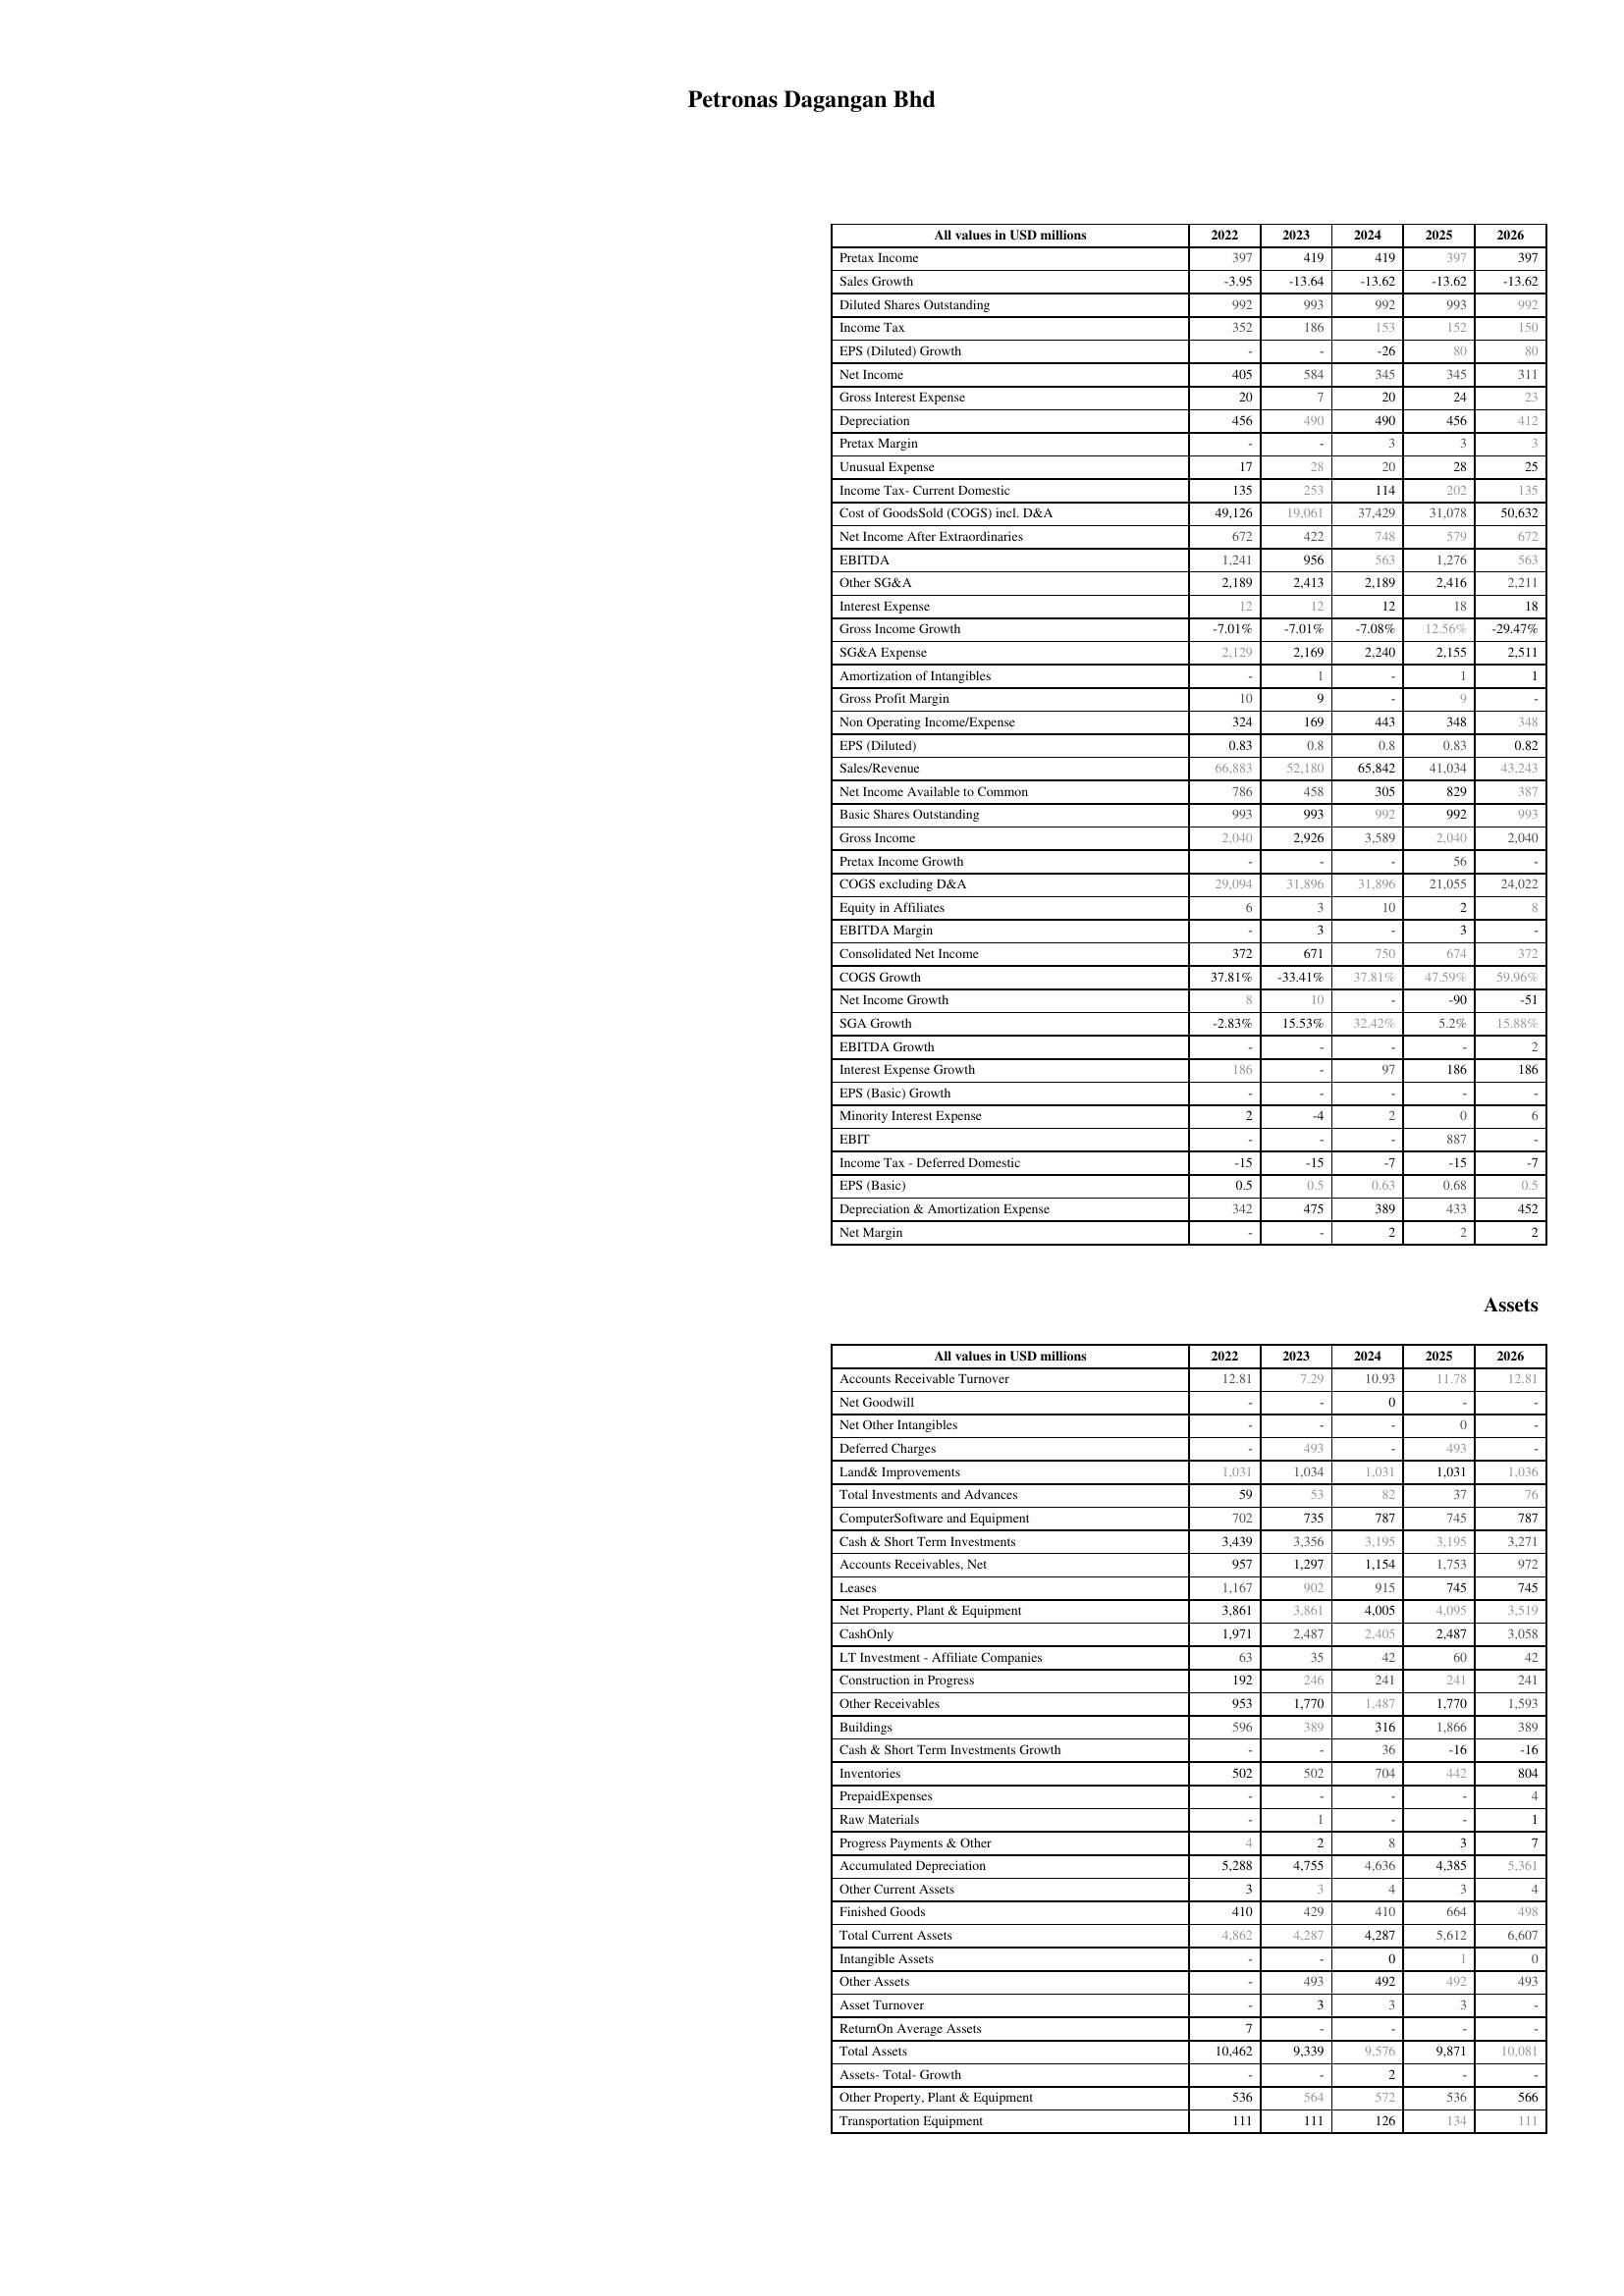
2022: : Pretax Income: 397
Sales Growth: -3.95
Diluted Shares Outstanding: 992
Income Tax: 352
EPS (Diluted) Growth: -
Net Income: 405
Gross Interest Expense: 20
Depreciation: 456
Pretax Margin: -
Unusual Expense: 17
Income Tax- Current Domestic: 135
Cost of GoodsSold (COGS) incl. D&A: 49,126
Net Income After Extraordinaries: 672
EBITDA: 1,241
Other SG&A: 2,189
Interest Expense: 12
Gross Income Growth: -7.01%
SG&A Expense: 2,129
Amortization of Intangibles: -
Gross Profit Margin: 10
Non Operating Income/Expense: 324
EPS (Diluted): 0.83
Sales/Revenue: 66,883
Net Income Available to Common: 786
Basic Shares Outstanding: 993
Gross Income: 2,040
Pretax Income Growth: -
COGS excluding D&A: 29,094
Equity in Affiliates: 6
EBITDA Margin: -
Consolidated Net Income: 372
COGS Growth: 37.81%
Net Income Growth: 8
SGA Growth: -2.83%
EBITDA Growth: -
Interest Expense Growth: 186
EPS (Basic) Growth: -
Minority Interest Expense: 2
EBIT: -
Income Tax - Deferred Domestic: -15
EPS (Basic): 0.5
Depreciation & Amortization Expense: 342
Net Margin: -
Assets: Accounts Receivable Turnover: 12.81
Net Goodwill: -
Net Other Intangibles: -
Deferred Charges: -
Land& Improvements: 1,031
Total Investments and Advances: 59
ComputerSoftware and Equipment: 702
Cash & Short Term Investments: 3,439
Accounts Receivables, Net: 957
Leases: 1,167
Net Property, Plant & Equipment: 3,861
CashOnly: 1,971
LT Investment - Affiliate Companies: 63
Construction in Progress: 192
Other Receivables: 953
Buildings: 596
Cash & Short Term Investments Growth: -
Inventories: 502
PrepaidExpenses: -
Raw Materials: -
Progress Payments & Other: 4
Accumulated Depreciation: 5,288
Other Current Assets: 3
Finished Goods: 410
Total Current Assets: 4,862
Intangible Assets: -
Other Assets: -
Asset Turnover: -
ReturnOn Average Assets: 7
Total Assets: 10,462
Assets- Total- Growth: -
Other Property, Plant & Equipment: 536
Transportation Equipment: 111
2023: : Pretax Income: 419
Sales Growth: -13.64
Diluted Shares Outstanding: 993
Income Tax: 186
EPS (Diluted) Growth: -
Net Income: 584
Gross Interest Expense: 7
Depreciation: 490
Pretax Margin: -
Unusual Expense: 28
Income Tax- Current Domestic: 253
Cost of GoodsSold (COGS) incl. D&A: 19,061
Net Income After Extraordinaries: 422
EBITDA: 956
Other SG&A: 2,413
Interest Expense: 12
Gross Income Growth: -7.01%
SG&A Expense: 2,169
Amortization of Intangibles: 1
Gross Profit Margin: 9
Non Operating Income/Expense: 169
EPS (Diluted): 0.8
Sales/Revenue: 52,180
Net Income Available to Common: 458
Basic Shares Outstanding: 993
Gross Income: 2,926
Pretax Income Growth: -
COGS excluding D&A: 31,896
Equity in Affiliates: 3
EBITDA Margin: 3
Consolidated Net Income: 671
COGS Growth: -33.41%
Net Income Growth: 10
SGA Growth: 15.53%
EBITDA Growth: -
Interest Expense Growth: -
EPS (Basic) Growth: -
Minority Interest Expense: -4
EBIT: -
Income Tax - Deferred Domestic: -15
EPS (Basic): 0.5
Depreciation & Amortization Expense: 475
Net Margin: -
Assets: Accounts Receivable Turnover: 7.29
Net Goodwill: -
Net Other Intangibles: -
Deferred Charges: 493
Land& Improvements: 1,034
Total Investments and Advances: 53
ComputerSoftware and Equipment: 735
Cash & Short Term Investments: 3,356
Accounts Receivables, Net: 1,297
Leases: 902
Net Property, Plant & Equipment: 3,861
CashOnly: 2,487
LT Investment - Affiliate Companies: 35
Construction in Progress: 246
Other Receivables: 1,770
Buildings: 389
Cash & Short Term Investments Growth: -
Inventories: 502
PrepaidExpenses: -
Raw Materials: 1
Progress Payments & Other: 2
Accumulated Depreciation: 4,755
Other Current Assets: 3
Finished Goods: 429
Total Current Assets: 4,287
Intangible Assets: -
Other Assets: 493
Asset Turnover: 3
ReturnOn Average Assets: -
Total Assets: 9,339
Assets- Total- Growth: -
Other Property, Plant & Equipment: 564
Transportation Equipment: 111
2024: : Pretax Income: 419
Sales Growth: -13.62
Diluted Shares Outstanding: 992
Income Tax: 153
EPS (Diluted) Growth: -26
Net Income: 345
Gross Interest Expense: 20
Depreciation: 490
Pretax Margin: 3
Unusual Expense: 20
Income Tax- Current Domestic: 114
Cost of GoodsSold (COGS) incl. D&A: 37,429
Net Income After Extraordinaries: 748
EBITDA: 563
Other SG&A: 2,189
Interest Expense: 12
Gross Income Growth: -7.08%
SG&A Expense: 2,240
Amortization of Intangibles: -
Gross Profit Margin: -
Non Operating Income/Expense: 443
EPS (Diluted): 0.8
Sales/Revenue: 65,842
Net Income Available to Common: 305
Basic Shares Outstanding: 992
Gross Income: 3,589
Pretax Income Growth: -
COGS excluding D&A: 31,896
Equity in Affiliates: 10
EBITDA Margin: -
Consolidated Net Income: 750
COGS Growth: 37.81%
Net Income Growth: -
SGA Growth: 32.42%
EBITDA Growth: -
Interest Expense Growth: 97
EPS (Basic) Growth: -
Minority Interest Expense: 2
EBIT: -
Income Tax - Deferred Domestic: -7
EPS (Basic): 0.63
Depreciation & Amortization Expense: 389
Net Margin: 2
Assets: Accounts Receivable Turnover: 10.93
Net Goodwill: 0
Net Other Intangibles: -
Deferred Charges: -
Land& Improvements: 1,031
Total Investments and Advances: 82
ComputerSoftware and Equipment: 787
Cash & Short Term Investments: 3,195
Accounts Receivables, Net: 1,154
Leases: 915
Net Property, Plant & Equipment: 4,005
CashOnly: 2,405
LT Investment - Affiliate Companies: 42
Construction in Progress: 241
Other Receivables: 1,487
Buildings: 316
Cash & Short Term Investments Growth: 36
Inventories: 704
PrepaidExpenses: -
Raw Materials: -
Progress Payments & Other: 8
Accumulated Depreciation: 4,636
Other Current Assets: 4
Finished Goods: 410
Total Current Assets: 4,287
Intangible Assets: 0
Other Assets: 492
Asset Turnover: 3
ReturnOn Average Assets: -
Total Assets: 9,576
Assets- Total- Growth: 2
Other Property, Plant & Equipment: 572
Transportation Equipment: 126
2025: : Pretax Income: 397
Sales Growth: -13.62
Diluted Shares Outstanding: 993
Income Tax: 152
EPS (Diluted) Growth: 80
Net Income: 345
Gross Interest Expense: 24
Depreciation: 456
Pretax Margin: 3
Unusual Expense: 28
Income Tax- Current Domestic: 202
Cost of GoodsSold (COGS) incl. D&A: 31,078
Net Income After Extraordinaries: 579
EBITDA: 1,276
Other SG&A: 2,416
Interest Expense: 18
Gross Income Growth: 12.56%
SG&A Expense: 2,155
Amortization of Intangibles: 1
Gross Profit Margin: 9
Non Operating Income/Expense: 348
EPS (Diluted): 0.83
Sales/Revenue: 41,034
Net Income Available to Common: 829
Basic Shares Outstanding: 992
Gross Income: 2,040
Pretax Income Growth: 56
COGS excluding D&A: 21,055
Equity in Affiliates: 2
EBITDA Margin: 3
Consolidated Net Income: 674
COGS Growth: 47.59%
Net Income Growth: -90
SGA Growth: 5.2%
EBITDA Growth: -
Interest Expense Growth: 186
EPS (Basic) Growth: -
Minority Interest Expense: 0
EBIT: 887
Income Tax - Deferred Domestic: -15
EPS (Basic): 0.68
Depreciation & Amortization Expense: 433
Net Margin: 2
Assets: Accounts Receivable Turnover: 11.78
Net Goodwill: -
Net Other Intangibles: 0
Deferred Charges: 493
Land& Improvements: 1,031
Total Investments and Advances: 37
ComputerSoftware and Equipment: 745
Cash & Short Term Investments: 3,195
Accounts Receivables, Net: 1,753
Leases: 745
Net Property, Plant & Equipment: 4,095
CashOnly: 2,487
LT Investment - Affiliate Companies: 60
Construction in Progress: 241
Other Receivables: 1,770
Buildings: 1,866
Cash & Short Term Investments Growth: -16
Inventories: 442
PrepaidExpenses: -
Raw Materials: -
Progress Payments & Other: 3
Accumulated Depreciation: 4,385
Other Current Assets: 3
Finished Goods: 664
Total Current Assets: 5,612
Intangible Assets: 1
Other Assets: 492
Asset Turnover: 3
ReturnOn Average Assets: -
Total Assets: 9,871
Assets- Total- Growth: -
Other Property, Plant & Equipment: 536
Transportation Equipment: 134
2026: : Pretax Income: 397
Sales Growth: -13.62
Diluted Shares Outstanding: 992
Income Tax: 150
EPS (Diluted) Growth: 80
Net Income: 311
Gross Interest Expense: 23
Depreciation: 412
Pretax Margin: 3
Unusual Expense: 25
Income Tax- Current Domestic: 135
Cost of GoodsSold (COGS) incl. D&A: 50,632
Net Income After Extraordinaries: 672
EBITDA: 563
Other SG&A: 2,211
Interest Expense: 18
Gross Income Growth: -29.47%
SG&A Expense: 2,511
Amortization of Intangibles: 1
Gross Profit Margin: -
Non Operating Income/Expense: 348
EPS (Diluted): 0.82
Sales/Revenue: 43,243
Net Income Available to Common: 387
Basic Shares Outstanding: 993
Gross Income: 2,040
Pretax Income Growth: -
COGS excluding D&A: 24,022
Equity in Affiliates: 8
EBITDA Margin: -
Consolidated Net Income: 372
COGS Growth: 59.96%
Net Income Growth: -51
SGA Growth: 15.88%
EBITDA Growth: 2
Interest Expense Growth: 186
EPS (Basic) Growth: -
Minority Interest Expense: 6
EBIT: -
Income Tax - Deferred Domestic: -7
EPS (Basic): 0.5
Depreciation & Amortization Expense: 452
Net Margin: 2
Assets: Accounts Receivable Turnover: 12.81
Net Goodwill: -
Net Other Intangibles: -
Deferred Charges: -
Land& Improvements: 1,036
Total Investments and Advances: 76
ComputerSoftware and Equipment: 787
Cash & Short Term Investments: 3,271
Accounts Receivables, Net: 972
Leases: 745
Net Property, Plant & Equipment: 3,519
CashOnly: 3,058
LT Investment - Affiliate Companies: 42
Construction in Progress: 241
Other Receivables: 1,593
Buildings: 389
Cash & Short Term Investments Growth: -16
Inventories: 804
PrepaidExpenses: 4
Raw Materials: 1
Progress Payments & Other: 7
Accumulated Depreciation: 5,361
Other Current Assets: 4
Finished Goods: 498
Total Current Assets: 6,607
Intangible Assets: 0
Other Assets: 493
Asset Turnover: -
ReturnOn Average Assets: -
Total Assets: 10,081
Assets- Total- Growth: -
Other Property, Plant & Equipment: 566
Transportation Equipment: 111